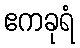
ဧကခုရံ